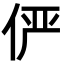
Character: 俨